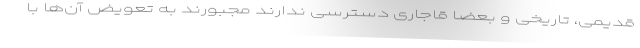
قدیمی، تاریخی و بعضا قاجاری دسترسی ندارند مجبورند به تعویض آن‌ها با